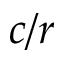
{ c / r }